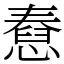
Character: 憃